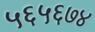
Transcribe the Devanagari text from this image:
५६५६७४